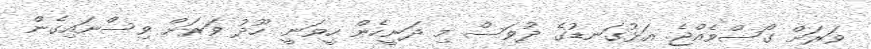
ވަރަށް ގޯސްވެއްޖެ. އަޅުގަނޑުގެ ދުވަސް މި ދަނީހެން ހީވަނީ. ހޫދު ވަރަށް ވިސްނައިގެން